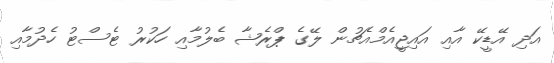
އަދި އޭޑީކޭ އާއި އައިޖީއެމްއެޗުން ލޭގެ ޕްރެޝާ ބެލުމާއި ހަކުރު ޓެސްޓު ހެދުމާއި